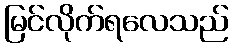
မြင်လိုက်ရလေသည်